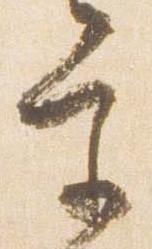
宮